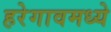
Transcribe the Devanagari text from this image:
हरेगावमध्ये